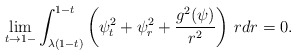
\begin{align*}\lim_{t\to 1-}\int_{\lambda(1-t)}^{1-t}\left(\psi_t^2+\psi_r^2+\frac{g^2(\psi)}{r^2}\right)\,rdr=0.\end{align*}